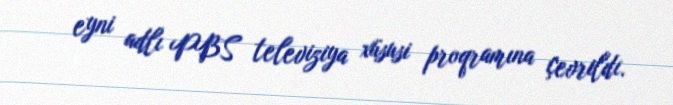
eyni adlı PBS televiziya xüsusi proqramına çevrildi.